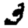
Digit: 3